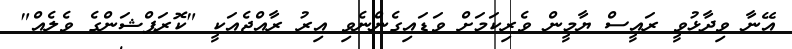
އޭނާ ވިދާޅުވީ ރައީސް ޔާމީން ވެރިކަމަށް ވަޑައިގެންނެވި އިރު ރާއްޖެއަކީ "ކޮރަޕްޝަންގެ ވެލެއް"